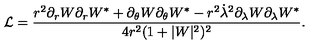
\mathcal { L } = \frac { r ^ { 2 } \partial _ { r } W \partial _ { r } W ^ { * } + \partial _ { \theta } W \partial _ { \theta } W ^ { * } - r ^ { 2 } \dot { \lambda } ^ { 2 } \partial _ { \lambda } W \partial _ { \lambda } W ^ { * } } { 4 r ^ { 2 } ( 1 + | W | ^ { 2 } ) ^ { 2 } } .